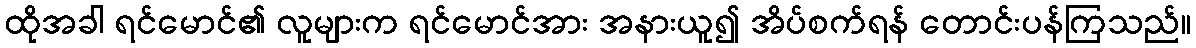
ထိုအခါ ရင်မောင်၏ လူများက ရင်မောင်အား အနားယူ၍ အိပ်စက်ရန် တောင်းပန်ကြသည်။